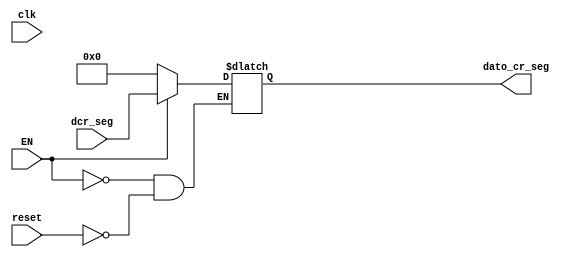
`timescale 1ns / 1ps
//////////////////////////////////////////////////////////////////////////////////
// Company: 
// Engineer: 
// 
// Design Name: 
// Module Name:    cr_seg_reg 
// Project Name: 
// Target Devices: 
// Tool versions: 
// Description: 
//
// Dependencies: 
//
// Revision: 
// Revision 0.01 - File Created
// Additional Comments: 
//
//////////////////////////////////////////////////////////////////////////////////
module cr_seg_reg(
input wire clk,reset,
input wire [7:0] dcr_seg,
input wire EN,
output reg [7:0]dato_cr_seg
    );
initial begin 

dato_cr_seg=8'b0;

end


always@* begin     //posiblemente tengamos que cambiar a @*
if (reset)
dato_cr_seg<=0;
if(EN==1)
dato_cr_seg<=dcr_seg;
end
endmodule